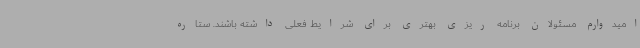
امیدوارم مسئولان برنامه ریزی بهتری برای شرایط فعلی داشته باشند. ستاره